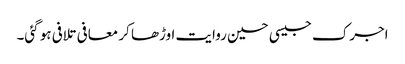
اجرک جیسی حسین روایت اوڑھا کر معافی تلافی ہو گئی۔